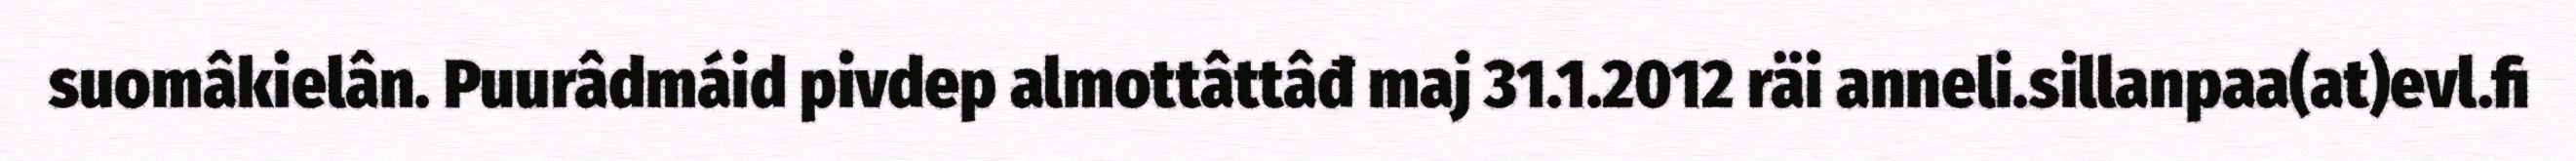
suomâkielân. Puurâdmáid pivdep almottâttâđ maj 31.1.2012 räi anneli.sillanpaa(at)evl.fi